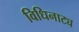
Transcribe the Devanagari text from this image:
विधिनाट्य